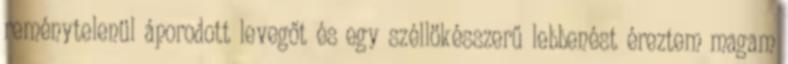
reménytelenül áporodott levegőt és egy széllökésszerű lebbenést éreztem magam